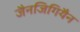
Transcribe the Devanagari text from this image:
जैनजिगियैन